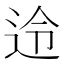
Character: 𮞊